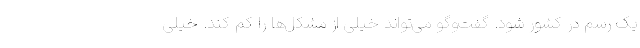
یک رسم در کشور شود. گفت‌وگو می‌تواند خیلی از مشکل‌ها را کم کند. خیلی